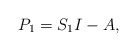
\begin{align*}P_1=S_1I-A,\end{align*}